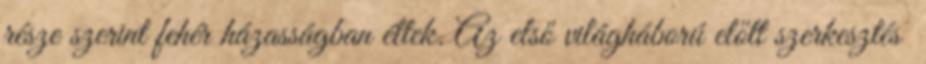
része szerint fehér házasságban éltek. Az első világháború előtt szerkesztés